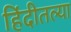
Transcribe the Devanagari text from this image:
हिंदीतल्या